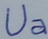
Text: Ua